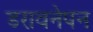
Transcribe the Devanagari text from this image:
डरावनेपन